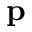
\mathbf { p }